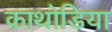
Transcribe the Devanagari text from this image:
काथोडिया